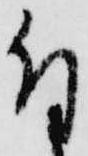
付